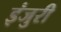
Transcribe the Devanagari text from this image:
इंजुरी